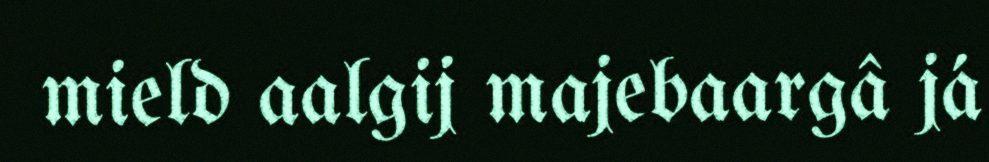
mield aalgij majebaargâ já